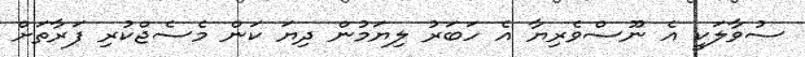
ސުވާލަކީ އެ ނޫސްވެރިޔާ އެ ހަބަރު ލިޔަމުން ދިޔަ ކަން މެސެޖްކުރި ފަރާތަށް